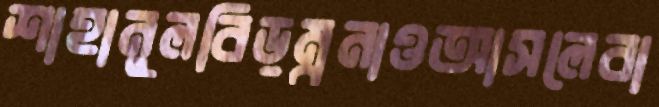
শাহানুলবিড়ম্বনাওআসলেবা